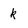
Character: k